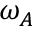
\omega _ { A }